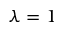
\lambda = 1